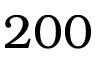
2 0 0